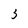
Character: 3